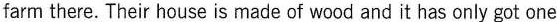
farm there.Their house is made of wood and it has only got one